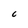
Character: c